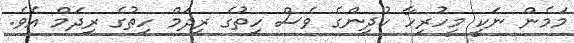
މަމެން ނަކީ މީހުރިހާ ކުދިންގެ ވެސް ހިތުގެ ރިދަމް ހިތުގެ ރިދަމް އެވެ.